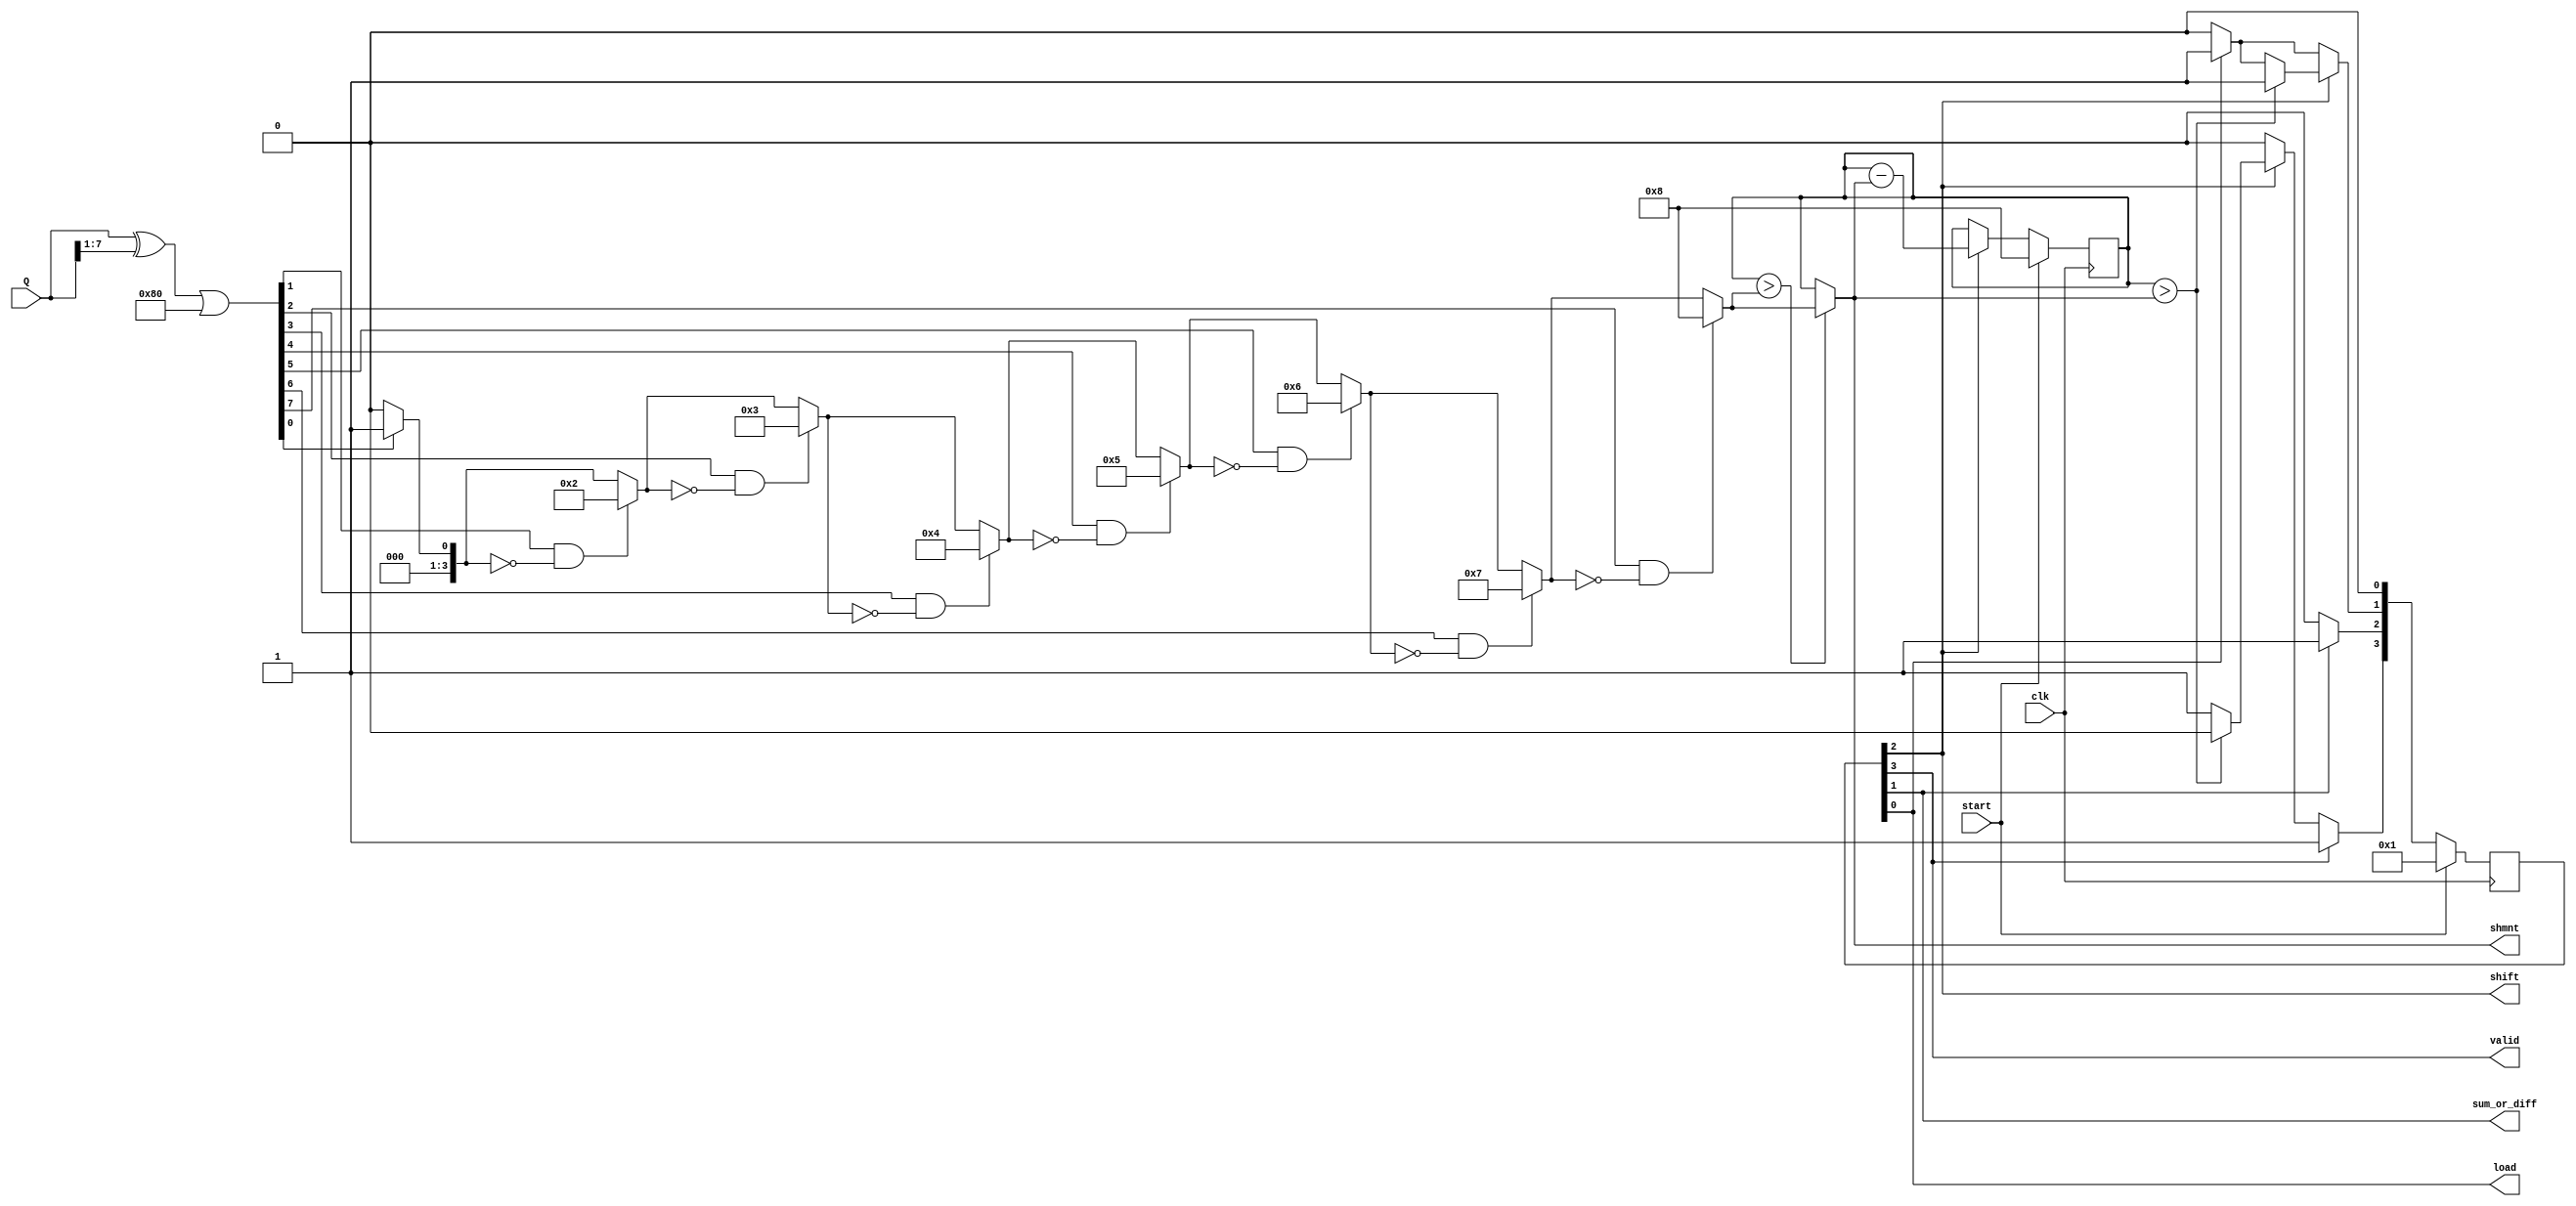
`timescale 1ns/1ns
module control_unit(input clk, input start, output valid, input [7:0] Q, output load, output sum_or_diff, output shift, output [3:0] shmnt);
	reg[3:0] current, next, counter;
	assign load = current[0];
	assign sum_or_diff = current[1];
	assign shift = current[2];
	assign valid = current[3];
	always @(current, counter)
	begin
		next <= 0;
		if(current[0]) next[1] <= 1'b1;
		if(current[1]) next[2] <= 1'b1;
		if(current[2])
			if (counter > shmnt) next[1] <= 1'b1;
			else next[3] <= 1'b1;
		if(current[3]) next[3] <= 1'b1;
	end
	always @(posedge clk)
		if (start)
		begin
			current <= 1;
			counter <= 8;
		end
		else
		begin
			current <= next;
			if (current[2]) counter <= counter - shmnt;
		end
	wire [7:0] diff_pairs = ( Q ^ (Q >> 1) ) | (8'b10000000);
	reg [3:0] lsb_one;
	integer i;
	always @(*)
	begin
		lsb_one = 0;
		for (i = 0; i <= 7; i = i+1)
			if (diff_pairs[i] && lsb_one == 0) lsb_one = i + 1;
	end
	assign shmnt = (counter>lsb_one) ? lsb_one : counter;
endmodule